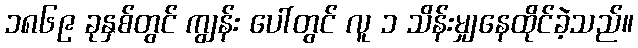
၁၈၆၉ ခုနှစ်တွင် ကျွန်း ပေါ်တွင် လူ ၁ သိန်းမျှနေထိုင်ခဲ့သည်။